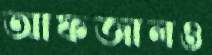
আফজালও